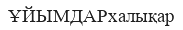
ҰЙЫМДАРхалықар